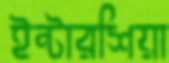
ইন্টারশিয়া